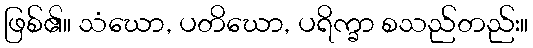
ဖြစ်၏။ သံဃော, ပတိဃော, ပရိက္ခာ စသည်တည်း။